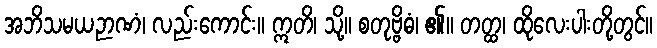
အဘိသမယဉာဏံ၊ လည်းကောင်း။ ဣတိ၊ သို့။ စတုဗ္ဗိဓံ၊ ၏။ တတ္ထ၊ ထိုလေးပါးတို့တွင်။